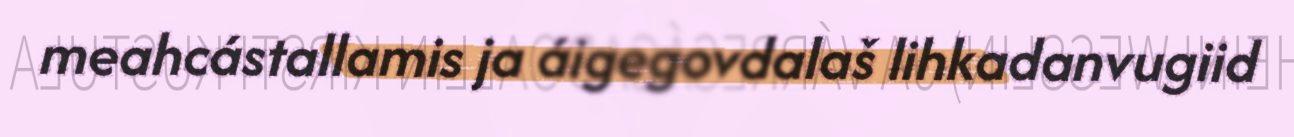
meahcástallamis ja áigegovdalaš lihkadanvugiid